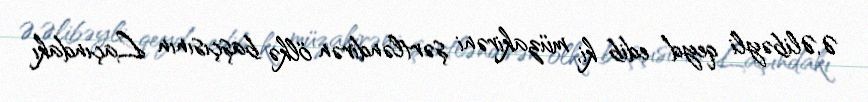
Ə.Əlibəyli qeyd edib ki, müzakirəni şərtləndirən ölkə başçısının Laçındakı